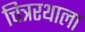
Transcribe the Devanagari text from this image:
चित्ररथाला